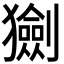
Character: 𤢾